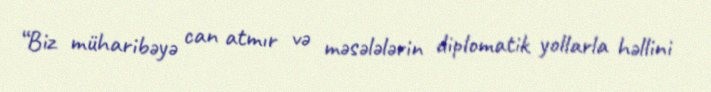
“Biz müharibəyə can atmır və məsələlərin diplomatik yollarla həllini